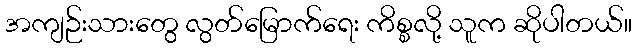
အကျဉ်းသားတွေ လွတ်မြောက်ရေး ကိစ္စလို့ သူက ဆိုပါတယ်။